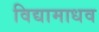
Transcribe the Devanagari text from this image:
विद्यामाधव